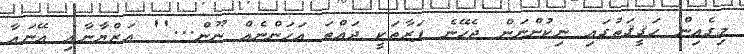
މިގެއިން ހަޤީޤަތުގައި ނިކުންނަން ޖެހޭނެ ފަރާތަކީ ދައްތަ އަހަންނެއް ނޫން...'' އަޒްޔާނާއި އޭނައާ